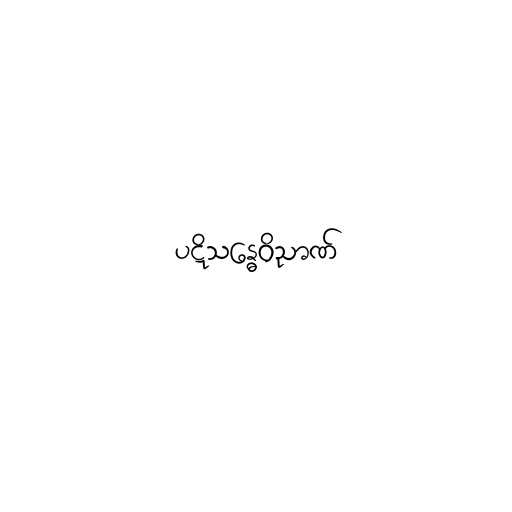
ပဋိသန္ဓေဝိညာဏ်